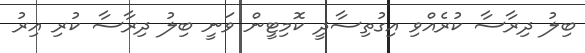
ބިލު ދިރާސާ ކުރެއްވި އިގުތިސާދީ ކޮމިޓީން ވަނީ ބިލު ދިރާސާ ކުރި އިރު